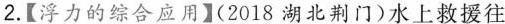
2.【浮力的综合应用】(2018湖北荆门)水上救援往